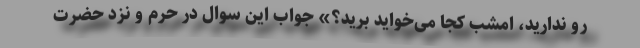
رو ندارید، امشب کجا می‌خواید برید؟» جواب این سوال در حرم و نزد حضرت